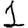
Digit: 1